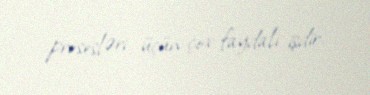
prosesləri üçün çox faydalı işdir.